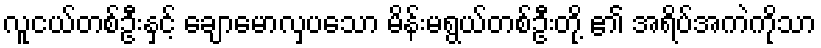
လူငယ်တစ်ဦးနှင့် ချောမောလှပသော မိန်းမရွယ်တစ်ဦးတို့ ၏ အရိပ်အကဲကိုသာ